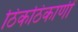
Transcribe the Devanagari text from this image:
ठिकठिकाणीं